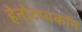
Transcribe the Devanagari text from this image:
हेनोटायकॉन